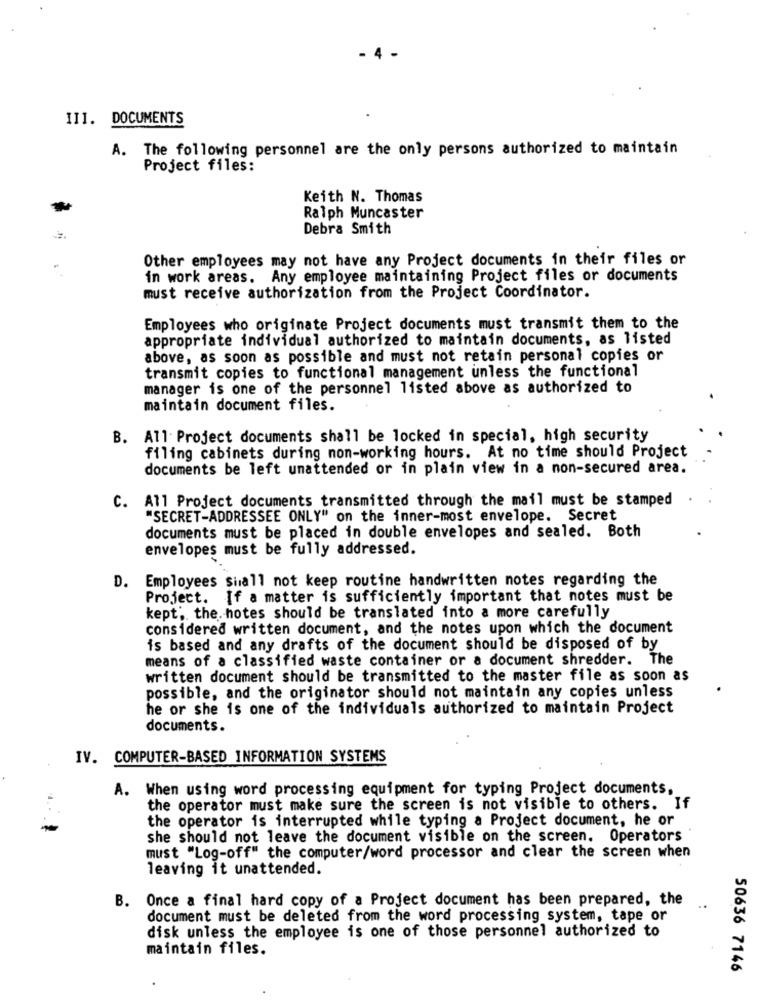
- 4
III. DOCUMENTS
A. The following personnel are the only persons authorized to maintain
Project files:
Keith N. Thomas
Ralph Muncaster
Debra Smith
Other employees may not have any Project documents in their files or
in work areas. Any employee maintaining Project files or documents
must receive authorization from the Project Coordinator.
Employees who originate Project documents must transmit them to the
appropriate individual authorized to maintain documents, as listed
above, as soon as possible and must not retain personal copies or
transmit copies to functional management unless the functional
manager is one of the personnel listed above as authorized to
maintain document files.
B. All Project documents shall be locked in special, high security
filing cabinets during non-working hours. At no time should Project
documents be left unattended or in plain view in a non-secured area.
C. All Project documents transmitted through the mail must be stamped
"SECRET-ADDRESSEE ONLY" on the inner-most envelope. Secret
documents must be placed in double envelopes and sealed. Both
envelopes must be fully addressed.
D. Employees Shall not keep routine handwritten notes regarding the
Project. If a matter is sufficiently important that notes must be
kept, the. hotes should be translated into a more carefully
considered written document, and the notes upon which the document
is based and any drafts of the document should be disposed of by
means of a classified waste container or a document shredder. The
written document should be transmitted to the master file as soon as
possible, and the originator should not maintain any copies unless
he or she is one of the individuals authorized to maintain Project
documents.
IV. COMPUTER-BASED INFORMATION SYSTEMS
A. When using word processing equipment for typing Project documents,
the operator must make sure the screen is not visible to others. If
the operator is interrupted while typing a Project document, he or
she should not leave the document visible on the screen. Operators
must "Log-off" the computer/word processor and clear the screen when
leaving it unattended.
B. Once a final hard copy of a Project document has been prepared, the
document must be deleted from the word processing system, tape or
disk unless the employee is one of those personnel authorized to
maintain files.
50636 7146